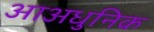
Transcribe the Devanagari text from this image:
आअधुनिक